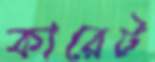
কারেট